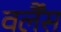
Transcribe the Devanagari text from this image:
वर्लैंस